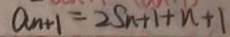
a _ { n + 1 } = 2 S n + 1 + n + 1